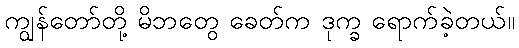
ကျွန်တော်တို့ မိဘတွေ ခေတ်က ဒုက္ခ ရောက်ခဲ့တယ်။